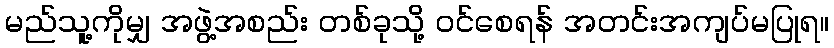
မည်သူ့ကိုမျှ အဖွဲ့အစည်း တစ်ခုသို့ ဝင်စေရန် အတင်းအကျပ်မပြုရ။